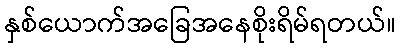
နှစ်ယောက်အခြေအနေစိုးရိမ်ရတယ်။